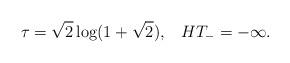
LaTeX: \begin{align*}\tau=\sqrt{2}\log(1+\sqrt{2}),\;\;\;HT_-=-\infty.\end{align*}